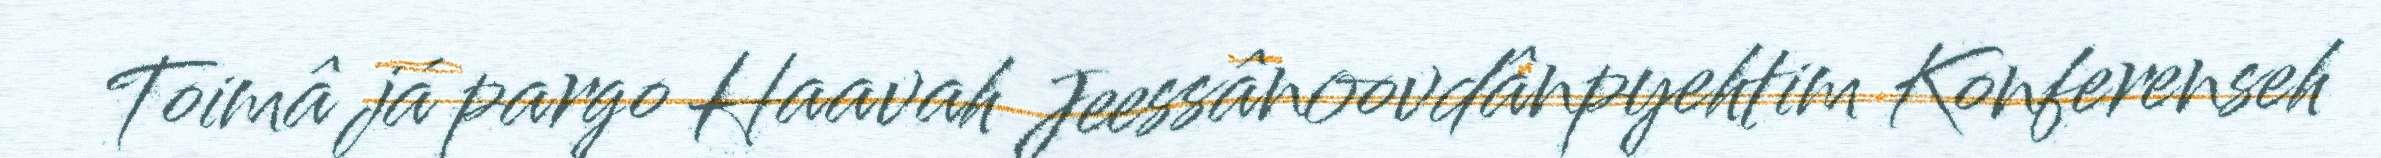
Toimâ já pargo Haavah Jeessânoovdânpyehtim Konferenseh